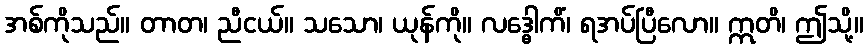
အစ်ကိုသည်။ တာတ၊ ညီငယ်။ သသော၊ ယုန်ကို။ လဒ္ဓေါကိံ၊ ရအပ်ပြီလော။ ဣတိ၊ ဤသို့။